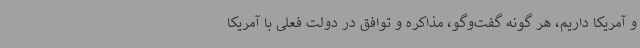
و آمریکا داریم، هر گونه گفت‌وگو، مذاکره و توافق در دولت فعلی با آمریکا